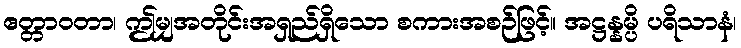
ဧတ္တာဝတာ၊ ဤမျှအတိုင်းအရှည်ရှိသော စကားအစဉ်ဖြင့်။ အဋ္ဌန္နမ္ပိ ပရိသာနံ၊